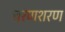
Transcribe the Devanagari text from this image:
चरणशरण